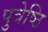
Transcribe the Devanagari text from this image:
पुत्रेष्ठि